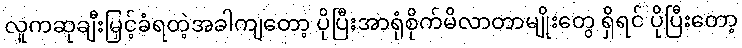
လူကဆုချီးမြှင့်ခံရတဲ့အခါကျတော့ ပိုပြီးအာရုံစိုက်မိလာတာမျိုးတွေ ရှိရင် ပိုပြီးတော့